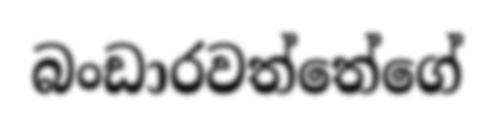
බංඩාරවත්තේගේ